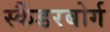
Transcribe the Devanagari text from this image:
स्कैंडरबोर्ग